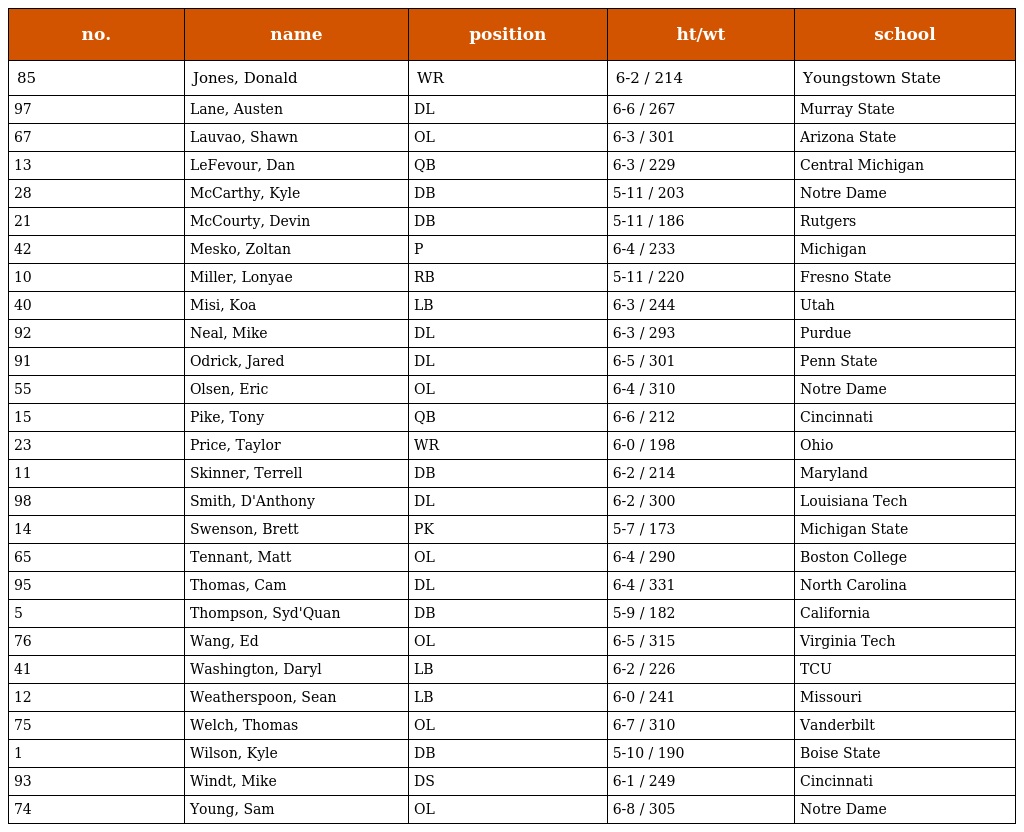
| no. | name | position | ht/wt | school |
 | --- | --- | --- | --- | --- |
 | 85 | Jones, Donald | WR | 6-2 / 214 | Youngstown State |
 | 97 | Lane, Austen | DL | 6-6 / 267 | Murray State |
 | 67 | Lauvao, Shawn | OL | 6-3 / 301 | Arizona State |
 | 13 | LeFevour, Dan | QB | 6-3 / 229 | Central Michigan |
 | 28 | McCarthy, Kyle | DB | 5-11 / 203 | Notre Dame |
 | 21 | McCourty, Devin | DB | 5-11 / 186 | Rutgers |
 | 42 | Mesko, Zoltan | P | 6-4 / 233 | Michigan |
 | 10 | Miller, Lonyae | RB | 5-11 / 220 | Fresno State |
 | 40 | Misi, Koa | LB | 6-3 / 244 | Utah |
 | 92 | Neal, Mike | DL | 6-3 / 293 | Purdue |
 | 91 | Odrick, Jared | DL | 6-5 / 301 | Penn State |
 | 55 | Olsen, Eric | OL | 6-4 / 310 | Notre Dame |
 | 15 | Pike, Tony | QB | 6-6 / 212 | Cincinnati |
 | 23 | Price, Taylor | WR | 6-0 / 198 | Ohio |
 | 11 | Skinner, Terrell | DB | 6-2 / 214 | Maryland |
 | 98 | Smith, D'Anthony | DL | 6-2 / 300 | Louisiana Tech |
 | 14 | Swenson, Brett | PK | 5-7 / 173 | Michigan State |
 | 65 | Tennant, Matt | OL | 6-4 / 290 | Boston College |
 | 95 | Thomas, Cam | DL | 6-4 / 331 | North Carolina |
 | 5 | Thompson, Syd'Quan | DB | 5-9 / 182 | California |
 | 76 | Wang, Ed | OL | 6-5 / 315 | Virginia Tech |
 | 41 | Washington, Daryl | LB | 6-2 / 226 | TCU |
 | 12 | Weatherspoon, Sean | LB | 6-0 / 241 | Missouri |
 | 75 | Welch, Thomas | OL | 6-7 / 310 | Vanderbilt |
 | 1 | Wilson, Kyle | DB | 5-10 / 190 | Boise State |
 | 93 | Windt, Mike | DS | 6-1 / 249 | Cincinnati |
 | 74 | Young, Sam | OL | 6-8 / 305 | Notre Dame |